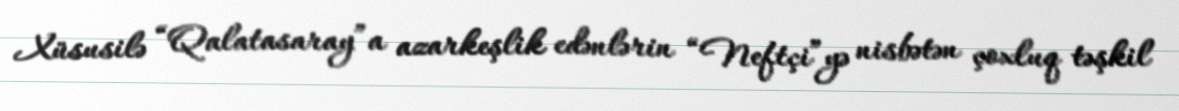
Xüsusilə “Qalatasaray”a azarkeşlik edənlərin “Neftçi”yə nisbətən çoxluq təşkil